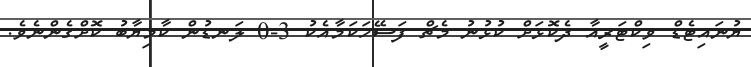
ޔުނައިޓެޑް ވިކްޓަރީއާ ދެކޮޅަށް ކުޅުނު މެޗް ފަސޭހަކަމާއެކު 3-0 ލަނޑުން ކާމިޔާބު ކޮށްގެންނެވެ.